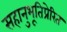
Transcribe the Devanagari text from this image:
सहानुभूतिप्रेरित